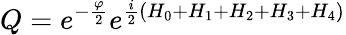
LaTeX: Q=e^{-{\frac{\varphi}{2}}}e^{{\frac{i}{2}}\left(H_{0}+H_{1}+H_{2}+H_{3}+H_{4}\right)}